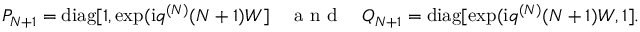
P _ { N + 1 } = \mathrm { d i a g } [ 1 , \exp ( \mathrm { i } q ^ { ( N ) } ( N + 1 ) W ] \quad \mathrm { ~ a ~ n ~ d ~ } \quad Q _ { N + 1 } = \mathrm { d i a g } [ \exp ( \mathrm { i } q ^ { ( N ) } ( N + 1 ) W , 1 ] .